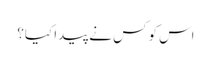
اس کو کس نے پیدا کیا؟